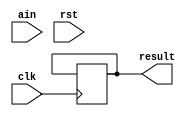
module rec(
	clk,
	ain,
	rst,
	result,
	);
 
 input clk;
 input rst;
 input ain;

 output [43:0]result;

 reg count;
 reg [44:0]result_reg;
 reg [43:0] result;

initial
    begin   
 		result_reg<=0;
 		count<=0;
    end 
 always @(posedge clk or negedge rst)
        if (!rst)
         begin
 		     result_reg<=0;
 		     count<=0;	
         end 
 	      else if (count<44&&ain==1) 
          begin
 		      result_reg[0] <=1 ;
 	        result_reg<=result_reg<<1;
          count<=count+1;
          end
 	      else if (count<44&&ain==0) 
           begin
 	         result_reg[0] <=0 ;
 	         result_reg<=result_reg<<1;
           count<=count+1;
           end
 	       else if (count==44)   
            result[43:0]=result_reg[44:1];    //全部receive完成，输出
  endmodule